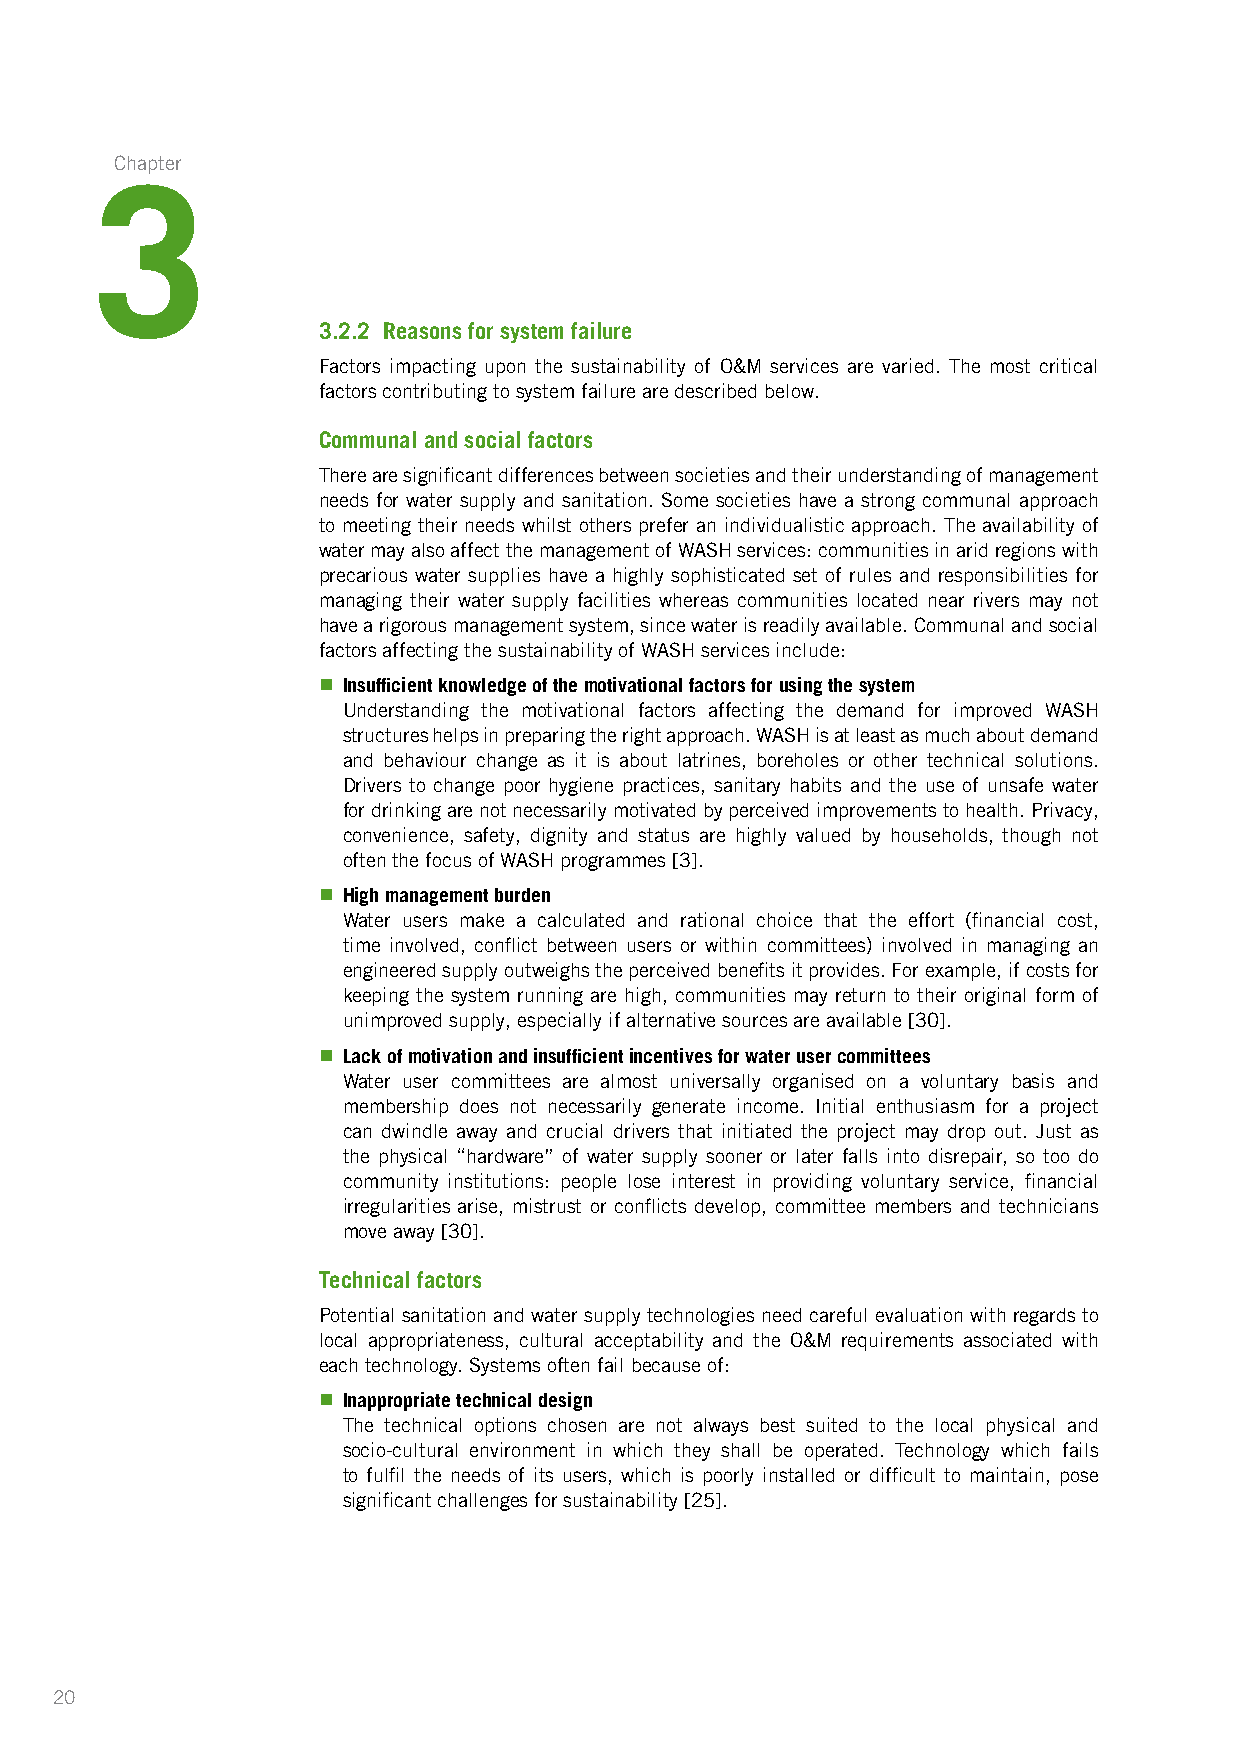
Chapter
 3
 3.2.2 Reasons for system failure
 Factors impacting upon the sustainability of O&M services are varied. The most critical
 factors contributing to system failure are described below.
 Communal and social factors
 There are significant differences between societies and their understanding of management
 needs for water supply and sanitation. Some societies have a strong communal approach
 to meeting their needs whilst others prefer an individualistic approach. The availability of
 water may also affect the management of WASH services: communities in arid regions with
 precarious water supplies have a highly sophisticated set of rules and responsibilities for
 managing their water supply facilities whereas communities located near rivers may not
 have a rigorous management system, since water is readily available. Communal and social
 factors affecting the sustainability of WASH services include:
 n Insufficient knowledge of the motivational factors for using the system
 Understanding the motivational factors affecting the demand for improved WASH
 structures helps in preparing the right approach. WASH is at least as much about demand
 and behaviour change as it is about latrines, boreholes or other technical solutions.
 Drivers to change poor hygiene practices, sanitary habits and the use of unsafe water
 for drinking are not necessarily motivated by perceived improvements to health. Privacy,
 convenience, safety, dignity and status are highly valued by households, though not
 often the focus of WASH programmes [3].
 n High management burden
 Water users make a calculated and rational choice that the effort (financial cost,
 time involved, conflict between users or within committees) involved in managing an
 engineered supply outweighs the perceived benefits it provides. For example, if costs for
 keeping the system running are high, communities may return to their original form of
 unimproved supply, especially if alternative sources are available [30].
 n Lack of motivation and insufficient incentives for water user committees
 Water user committees are almost universally organised on a voluntary basis and
 membership does not necessarily generate income. Initial enthusiasm for a project
 can dwindle away and crucial drivers that initiated the project may drop out. Just as
 the physical “hardware” of water supply sooner or later falls into disrepair, so too do
 community institutions: people lose interest in providing voluntary service, financial
 irregularities arise, mistrust or conflicts develop, committee members and technicians
 move away [30].
 Technical factors
 Potential sanitation and water supply technologies need careful evaluation with regards to
 local appropriateness, cultural acceptability and the O&M requirements associated with
 each technology. Systems often fail because of:
 n Inappropriate technical design
 The technical options chosen are not always best suited to the local physical and
 socio-cultural environment in which they shall be operated. Technology which fails
 to fulfil the needs of its users, which is poorly installed or difficult to maintain, pose
 significant challenges for sustainability [25].
 20